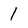
Character: 1